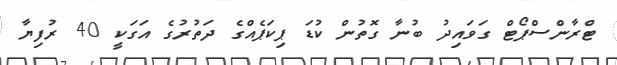
ޓްރާންސްޕޯޓް ގަވައިދު ބުނާ ގޮތުން ކުޑަ ޕިކަޕެއްގެ ދަތުރުގެ އަގަކީ 40 ރުފިޔާ